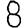
Digit: 8